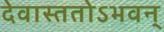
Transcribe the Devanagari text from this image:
देवास्ततोऽभवन्